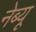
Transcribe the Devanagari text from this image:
नेब्यू